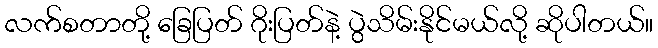
လက်စတာတို့ ခြေပြတ် ဂိုးပြတ်နဲ့ ပွဲသိမ်းနိုင်မယ်လို့ ဆိုပါတယ်။